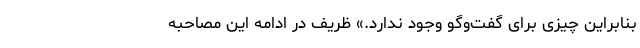
بنابراین چیزی برای گفت‌وگو وجود ندارد.» ظریف در ادامه این مصاحبه